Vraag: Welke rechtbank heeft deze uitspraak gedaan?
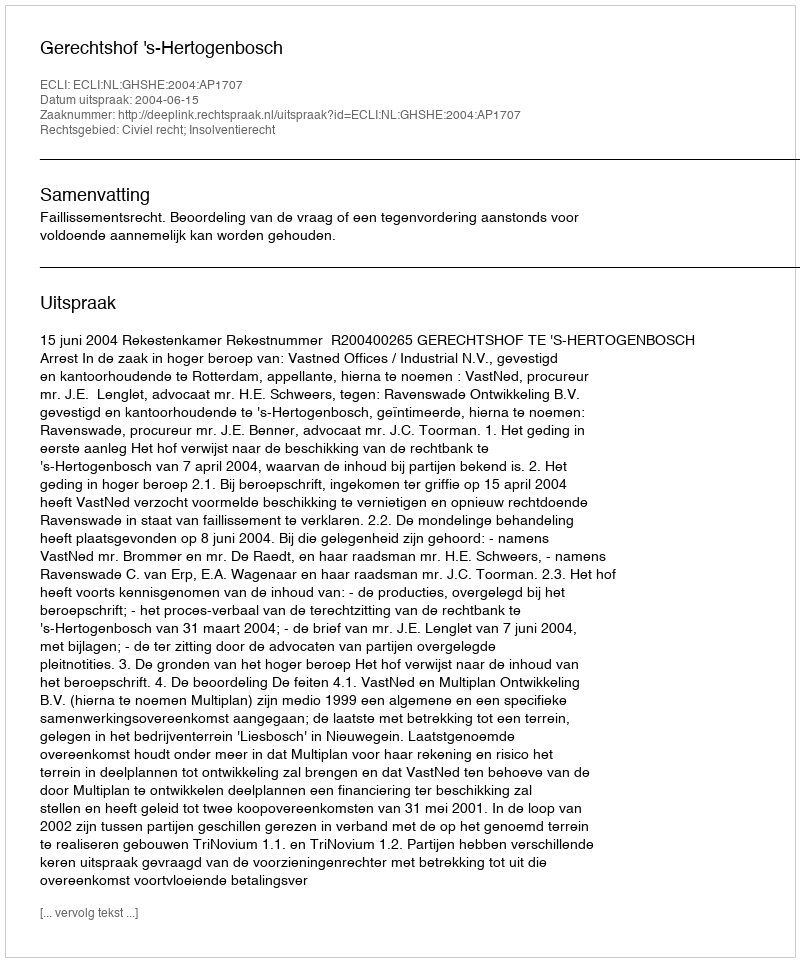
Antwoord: Gerechtshof 's-Hertogenbosch